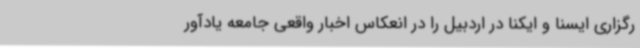
رگزاری ایسنا و ایکنا در اردبیل را در انعکاس اخبار واقعی جامعه یادآور